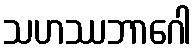
သဟဿဘာဂေါ